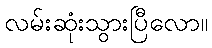
လမ်းဆုံးသွားပြီလော။